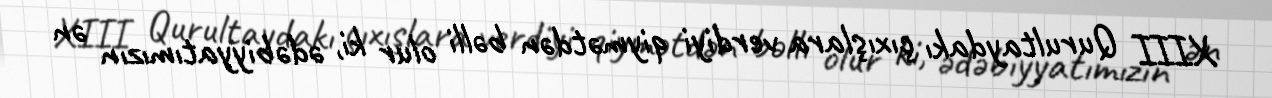
XIII Qurultaydakı çıxışlara verdiyi qiymətdən bəlli olur ki, ədəbiyyatımızın ən